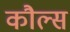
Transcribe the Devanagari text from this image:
कौल्स